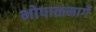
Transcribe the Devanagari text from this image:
भोपाळमार्गे